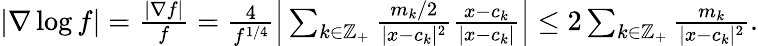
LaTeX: \begin{array}{r}{|\nabla\log f|=\frac{|\nabla f|}{f}=\frac{4}{f^{1/4}}\Big|\sum_{k\in\mathbb Z_{+}}\frac{m_{k}/2}{|x-c_{k}|^{2}}\frac{x-c_{k}}{|x-c_{k}|}\Big|\leq 2\sum_{k\in\mathbb Z_{+}}\frac{m_{k}}{|x-c_{k}|^{2}}.}\end{array}